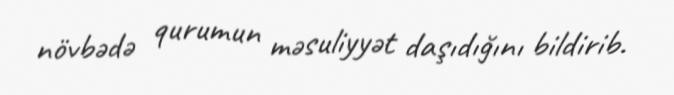
növbədə qurumun məsuliyyət daşıdığını bildirib.